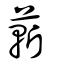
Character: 蔪